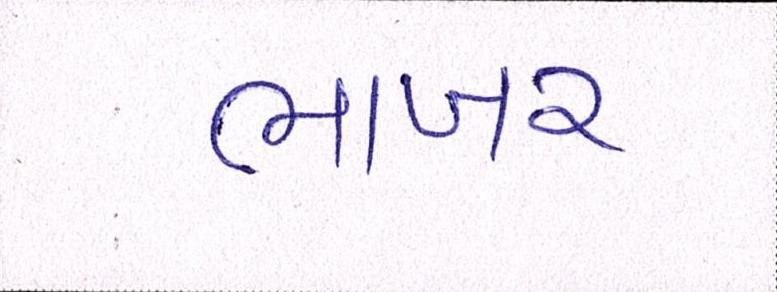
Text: ભાખર